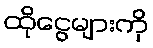
ထိုငွေများကို